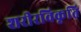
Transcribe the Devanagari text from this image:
शरीरविकृति